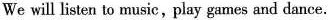
We will listen to music,play games and dance.